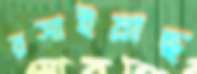
রসাইয়াছ